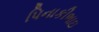
પિનાકીભાઇ